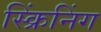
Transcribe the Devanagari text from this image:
स्क्रिंनिंग